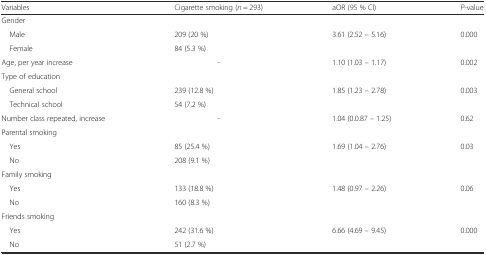
<table><thead><tr><td><b>Variables</b></td><td><b>Cigarette smoking (<i>n</i> = 293)</b></td><td><b>aOR (95 % CI)</b></td><td><b><i>P</i>-value</b></td></tr></thead><tbody><tr><td>Gender</td><td></td><td></td><td></td></tr><tr><td> Male</td><td>209 (20 %)</td><td rowspan="2">3.61 (2.52 – 5.16)</td><td rowspan="2">0.000</td></tr><tr><td> Female</td><td>84 (5.3 %)</td></tr><tr><td>Age, per year increase</td><td>-</td><td>1.10 (1.03 – 1.17)</td><td>0.002</td></tr><tr><td>Type of education</td><td></td><td></td><td></td></tr><tr><td> General school</td><td>239 (12.8 %)</td><td rowspan="2">1.85 (1.23 – 2.78)</td><td rowspan="2">0.003</td></tr><tr><td> Technical school</td><td>54 (7.2 %)</td></tr><tr><td>Number class repeated, increase</td><td>-</td><td>1.04 (0.0.87 – 1.25)</td><td>0.62</td></tr><tr><td>Parental smoking</td><td></td><td></td><td></td></tr><tr><td> Yes</td><td>85 (25.4 %)</td><td rowspan="2">1.69 (1.04 – 2.76)</td><td rowspan="2">0.03</td></tr><tr><td> No</td><td>208 (9.1 %)</td></tr><tr><td>Family smoking</td><td></td><td></td><td></td></tr><tr><td> Yes</td><td>133 (18.8 %)</td><td rowspan="2">1.48 (0.97 – 2.26)</td><td rowspan="2">0.06</td></tr><tr><td> No</td><td>160 (8.3 %)</td></tr><tr><td>Friends smoking</td><td></td><td></td><td></td></tr><tr><td> Yes</td><td>242 (31.6 %)</td><td rowspan="2">6.66 (4.69 – 9.45)</td><td rowspan="2">0.000</td></tr><tr><td> No</td><td>51 (2.7 %)</td></tr></tbody></table>